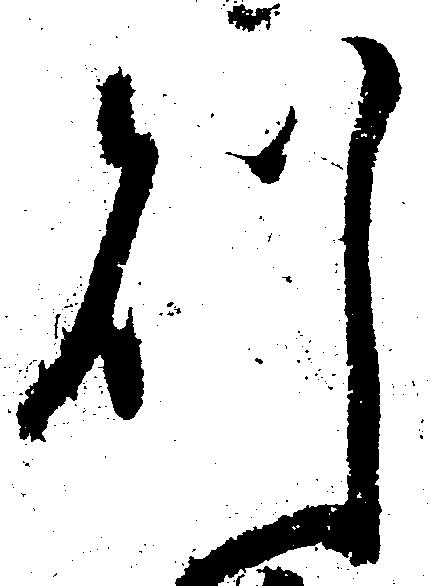
則